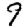
Digit: 9